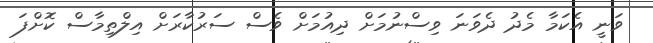
ވަނީ އެކަމާ މެދު ދެވަނަ ވިސްނުމަށް ދިއުމަށް ވެސް ސަރުކާރަށް އިލްތިމާސް ކޮށްފަ